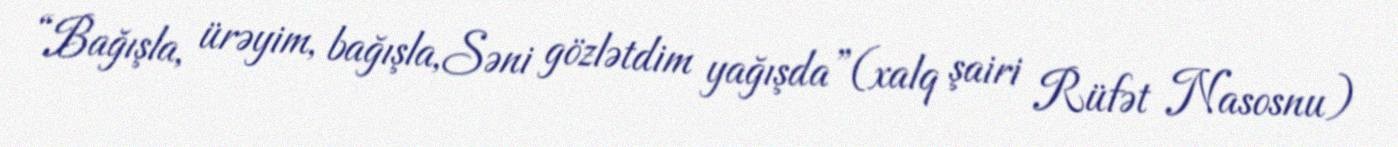
“Bağışla, ürəyim, bağışla,Səni gözlətdim yağışda”(xalq şairi Rüfət Nasosnu)